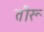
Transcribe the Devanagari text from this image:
तीरू